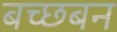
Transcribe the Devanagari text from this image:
बच्छबन